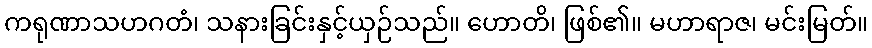
ကရုဏာသဟဂတံ၊ သနားခြင်းနှင့်ယှဉ်သည်။ ဟောတိ၊ ဖြစ်၏။ မဟာရာဇ၊ မင်းမြတ်။